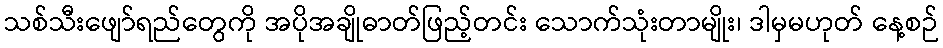
သစ်သီးဖျော်ရည်တွေကို အပိုအချိုဓာတ်ဖြည့်တင်း သောက်သုံးတာမျိုး၊ ဒါမှမဟုတ် နေ့စဉ်